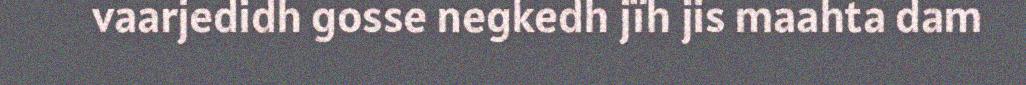
vaarjedidh gosse negkedh jïh jis maahta dam